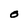
Character: 0